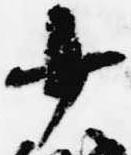
少